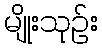
မျိုးသုဉ်း